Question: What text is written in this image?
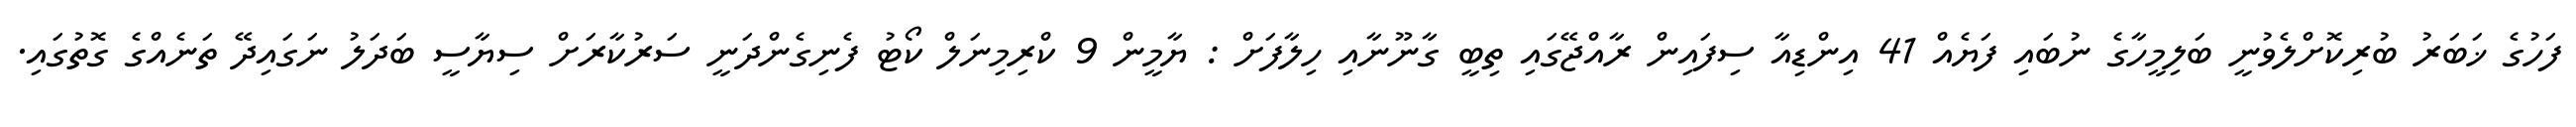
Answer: ފަހުގެ ޚަބަރު ބުރިކޮށްލެވުނީ ބަލިމީހާގެ ނުބައި ފަޔެއް 41 އިންޑިއާ ސިފައިން ރާއްޖޭގައި ތިބީ ގާނޫނާއި ހިލާފަށް : ޔާމީން 9 ކްރިމިނަލް ކޯޓު ފެނިގެންދަނީ ސަރުކާރަށް ސިޔާސީ ބަދަލު ނަގައިދޭ ތަނެއްގެ ގޮތުގައި.